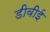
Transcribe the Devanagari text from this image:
डीवीई